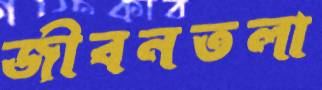
জীবনতলা